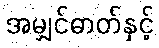
အမျှင်ဓာတ်နှင့်